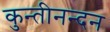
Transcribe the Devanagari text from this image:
कुन्तीनन्दन